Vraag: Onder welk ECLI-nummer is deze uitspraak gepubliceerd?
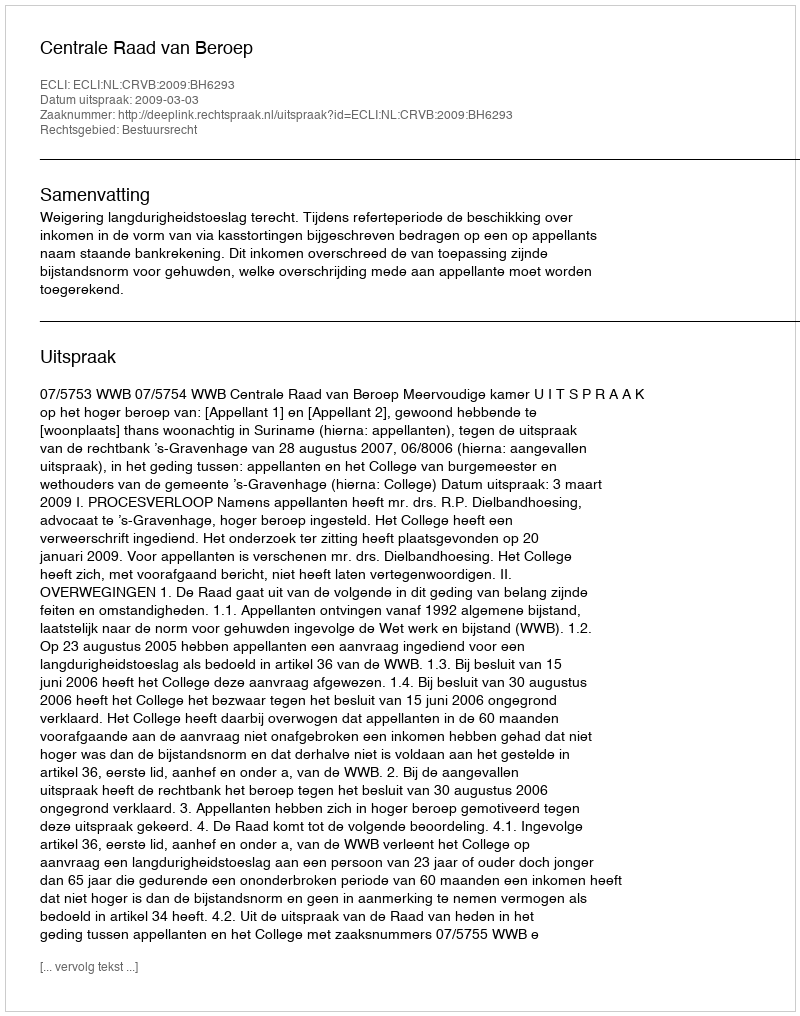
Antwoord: ECLI:NL:CRVB:2009:BH6293